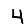
Digit: 4